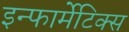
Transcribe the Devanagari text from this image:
इन्फार्मेटिक्स